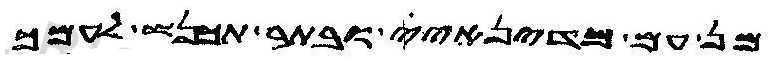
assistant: מן עם מדינאי ובתר תכנש לעמך